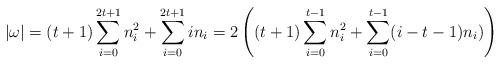
LaTeX: \begin{align*}\lvert \omega \rvert &=(t+1)\sum_{i=0}^{2t+1}n_i^2+\sum_{i=0}^{2t+1}in_i=2\left((t+1)\sum_{i=0}^{t-1}n_i^2+\sum_{i=0}^{t-1}(i-t-1)n_i)\right)\end{align*}